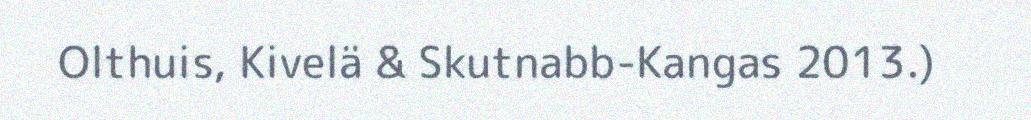
Olthuis, Kivelä & Skutnabb-Kangas 2013.)